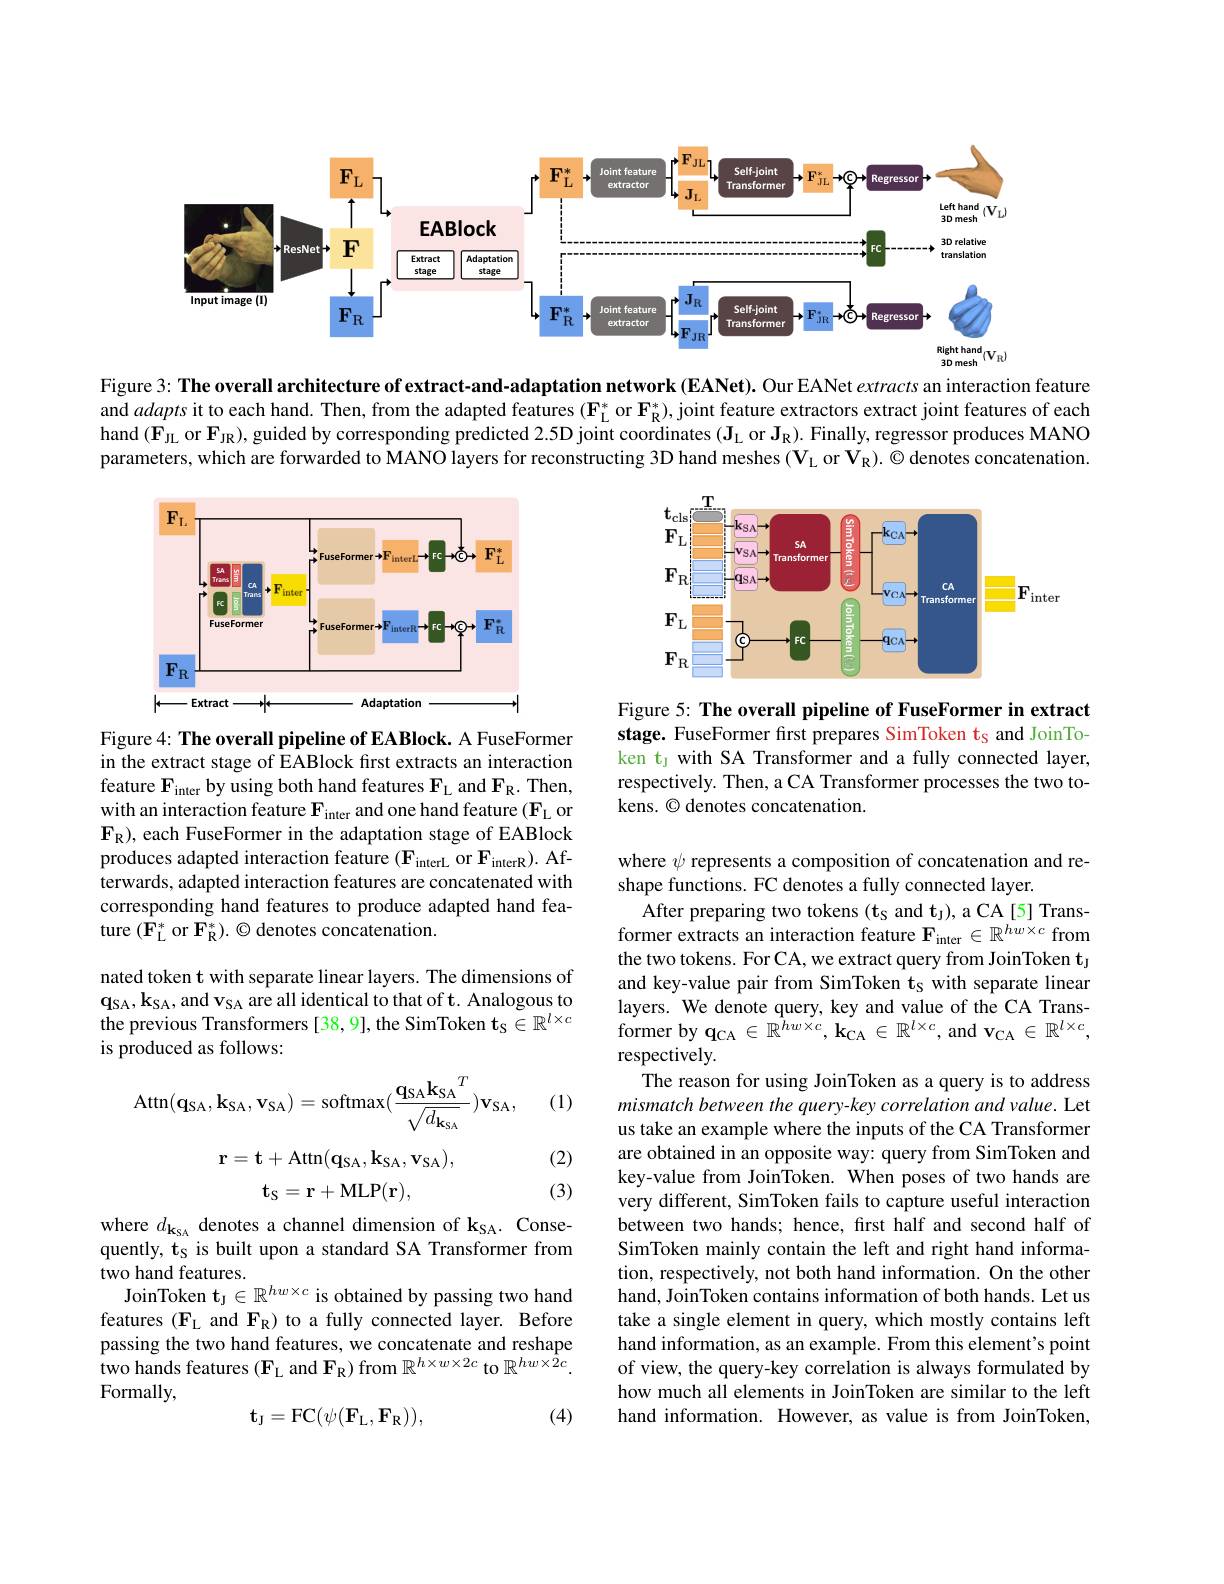
<FigureHere>
$3Dmesh$

Figure 3: The overall architecture of extract-and-adaptation network (EANet). Our EANet extracts an interaction feature and adapts it to each hand. Then, from the adapted features $(\mathbf{F}_{\mathrm{L}}^*$ or $\mathbf{F}_{\mathrm{R}}^*)$, joint feature extractors extract joint features of each hand $(\mathbf{F}_\mathrm{JL}$ or $\mathbf{F}_\mathrm{JR})$, guided by corresponding predicted 2.5D joint coordinates $(\mathbf{J}_\mathrm{L}$ or $\mathbf{J}_\mathrm{R}).$ Finally, regressor produces MANO parameters, which are forwarded to MANO layers for reconstructing 3D hand meshes $(\mathbf{V}_{\mathrm{L}}$ or $\mathbf{V}_{\mathrm{R}}).\odot$ denotes concatenation.

<FigureHere>

<FigureHere>

Figure 5: The overall pipeline of FuseFormer in extract stage. FuseFormer first prepares SimToken ts and JoinToken ty with SA Transformer and a fully connected layer, respectively. Then, a CA Transformer processes the two tokens. © denotes concatenation.

Figure 4: The overall pipeline of EABlock. A FuseFormer in the extract stage of EABlock first extracts an interaction feature $\mathbf{F}_{\mathrm{inter}}$ by using both hand features $\mathbf{F}_\mathrm{L}$ and $\mathbf{F}_\mathrm{R}.$ Then, with an interaction feature $\mathbf{F}_\mathrm{inter}$ and one hand feature ($\mathbf{F}_\mathrm{L}$ or $\mathbf{F}_{\mathrm{R}})$, each FuseFormer in the adaptation stage of EABlock produces adapted interaction feature $(\mathbf{F}_{\mathrm{interL}}$ or $\mathbf{F}_\mathrm{interR}).$ Afterwards, adapted interaction features are concatenated with corresponding hand features to produce adapted hand feature $(\mathbf{F}_{\mathrm{L}}^{*}$ or $\mathbf{F}_{\mathrm{R}}^{*}).\odot$denotes concatenation.

nated token t with separate linear layers. The dimensions of $\mathbf{q}_{\mathrm{SA}},\mathbf{k}_{\mathrm{SA}}$,and v$_\mathrm{SA}$ are all identical to that of t. Analogous to the previous Transformers [38,9], the SimToken $\mathbf{t}_\mathrm{S}\in\mathbb{R}^l\times c$ is produced as follows:

(1)
$$\mathrm{Attn}(\mathbf{q_{SA}},\mathbf{k_{SA}},\mathbf{v_{SA}})=\mathrm{softmax}(\frac{\mathbf{q_{SA}}\mathbf{k_{SA}}^{T}}{\sqrt{d_{\mathbf{k_{SA}}}}})\mathbf{v_{SA}},$$
where $\psi$ represents a composition of concatenation and re-
shape functions. FC denotes a fully connected layer.
After preparing two tokens (t$_\mathrm{S}$ and t$_\mathrm{J})$, a CA[5] Transformer extracts an interaction feature $\mathbf{F}_\mathrm{inter}\in\mathbb{R}^{hw\times c}$ from the two tokens. For CA, we extract query from JoinToken t and key-value pair from SimToken ts with separate linear layers. We denote query, key and value of the CA Trans- ${\mathrm{former~by~q_{CA}\in\mathbb{R}^{hw\times c},~k_{CA}\in\mathbb{R}^{l\times c},~and~v_{CA}\in\mathbb{R}^{l\times c},}}$ respectively.
The reason for using JoinToken as a query is to address mismatch between the query-key correlation and value. Let us take an example where the inputs of the CA Transformer are obtained in an opposite way: query from SimToken and key-value from JoinToken. When poses of two hands are very different, SimToken fails to capture useful interaction between two hands; hence, frst half and second half of SimToken mainly contain the left and right hand information, respectively, not both hand information. On the other hand, JoinToken contains information of both hands. Let us take a single element in query, which mostly contains left hand information, as an example. From this element's point of view, the query-key correlation is always formulated by how much all elements in JoinToken are similar to the left hand information. However, as value is from JoinToken,

(2) (3)
$$\mathbf{r}=\mathbf{t}+\mathrm{Attn}(\mathbf{q_{SA}},\mathbf{k_{SA}},\mathbf{v_{SA}}),$$
$$\mathbf{t_S}=\mathbf{r}+\mathrm{MLP}(\mathbf{r}),$$
where $d_\mathbf{k}_{\mathrm{SA}}$ denotes a channel dimension of k$_\mathrm{SA}.$ Consequently, ts is built upon a standard SA Transformer from two hand features.
JoinToken $\mathbf{t}_\mathrm{J}\in\mathbb{R}^{hw\times c}$ is obtained by passing two hand features ($\mathbf{F}_\mathrm{L}$ and $\mathbf{F}_\mathrm{R}$) to a fully connected layer. Before passing the two hand features, we concatenate and reshape two hands features ( $F_L$ and $F_R$) from $R^h\times w\times 2c$ to $\mathbb{R}^{hw\times\hat{2}c}.$ Formally,
$$\mathbf{t_J}=\mathrm{FC}(\psi(\mathbf{F_L},\mathbf{F_R})),$$
(4)